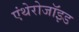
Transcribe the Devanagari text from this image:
एंथेरोजॉइड